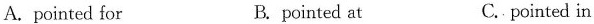
A.pointed for B. pointed at C. pointed in